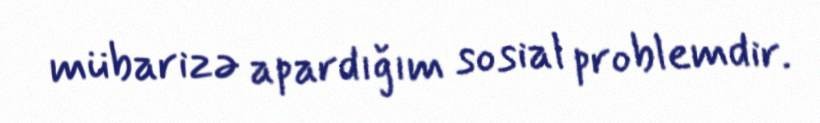
mübarizə apardığım sosial problemdir.